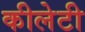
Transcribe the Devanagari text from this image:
कीलेटी